Indian journal of veterinary science and animal husbandry - Volume 12,
Year: 1942
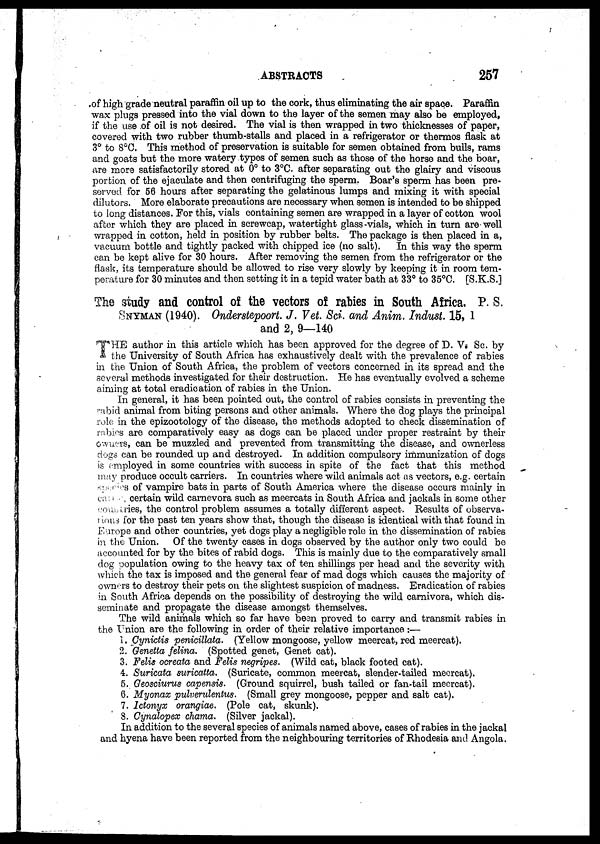
ABSTRACTS
257
of high grade neutral paraffin oil up to the cork, thus eliminating the air space. Paraffin
wax plugs pressed into the vial down to the layer of the semen may also be employed,
if the use of oil is not desired. The vial is then wrapped in two thicknesses of paper,
covered with two rubber thumb-stalls and placed in a refrigerator or thermos flask at
3° to 8°C. This method of preservation is suitable for semen obtained from bulls, rams
and goats but the more watery types of semen such as those of the horse and the boar,
are more satisfactorily stored at 0° to 3°C. after separating out the glairy and viscous
portion of the ejaculate and then centrifuging the sperm. Boar's sperm has been pre-
served for 56 hours after separating the gelatinous lumps and mixing it with special
dilutors. More elaborate precautions are necessary when semen is intended to be shipped
to long distances. For this, vials containing semen are wrapped in a layer of cotton wool
after which they are placed in screwcap, watertight glass-vials, which in turn are well
wrapped in cotton, held in position by rubber belts. The package is then placed in a,
vacuum bottle and tightly packed with chipped ice (no salt). In this way the sperm
can be kept alive for 30 hours. After removing the semen from the refrigerator or the
flask, its temperature should be allowed to rise very slowly by keeping it in room tem-
perature for 30 minutes and then setting it in a tepid water bath at 33° to 35°C. [S.K.S.]
The study and control of the vectors of rabies in South Africa. P. S.
SNYMAN (1940). Onderstepoort. J. Vet. Sci. and Anim. Indust. 15, 1
and 2, 9—140
T HE author in this article which has been approved for the degree of D. V. Sc. by
the University of South Africa has exhaustively dealt with the prevalence of rabies
in the Union of South Africa, the problem of vectors concerned in its spread and the
several methods investigated for their destruction. He has eventually evolved a scheme
aiming at total eradication of rabies in the Union.
In general, it has been pointed out, the control of rabies consists in preventing the
rabid animal from biting persons and other animals. Where the dog plays the principal
role in the epizootology of the disease, the methods adopted to check dissemination of
rabies are comparatively easy as dogs can be placed under proper restraint by their
owners, can be muzzled and prevented from transmitting the disease, and ownerless
dogs can be rounded up and destroyed. In addition compulsory immunization of dogs
is employed in some countries with success in spite of the fact that this method
may produce occult carriers. In countries where wild animals act as vectors, e.g. certain
species of vampire bats in parts of South America where the disease occurs mainly in
cattle, certain wild carnevora such as meercats in South Africa and jackals in some other
countries, the control problem assumes a totally different aspect. Results of observa-
tions for the past ten years show that, though the disease is identical with that found in
Europe and other countries, yet dogs play a negligible role in the dissemination of rabies
in the Union. Of the twenty cases in dogs observed by the author only two could be
accounted for by the bites of rabid dogs. This is mainly due to the comparatively small
dog population owing to the heavy tax of ten shillings per head and the severity with
which the tax is imposed and the general fear of mad dogs which causes the majority of
owners to destroy their pets on the slightest suspicion of madness. Eradication of rabies
in South Africa depends on the possibility of destroying the wild carnivora, which dis-
seminate and propagate the disease amongst themselves.
The wild animals which so far have been proved to carry and transmit rabies in
the Union are the following in order of their relative importance :—
1. Cynictis penicillata. (Yellow mongoose, yellow meercat, red meercat).
2. Genetta felina. (Spotted genet, Genet cat).
3. Felis ocreata and Felis negripes. (Wild cat, black footed cat).
4. Suricata suricatta. (Suricate, common meercat, slender-tailed meercat).
5. Geosciurus capensis. (Ground squirrel, bush tailed or fan-tail meercat).
6. Myonax pulverulentus. (Small grey mongoose, pepper and salt cat).
7. Ictonyx orangiae. (Pole cat, skunk).
8. Cynalopex chama. (Silver jackal).
In addition to the several species of animals named above, cases of rabies in the jackal
and hyena have been reported from the neighbouring territories of Rhodesia and Angola.